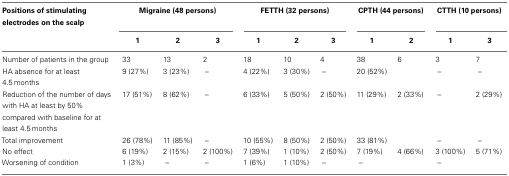
<table><thead><tr><td><b>Positions of stimulating electrodes on the scalp</b></td><td colspan="3"><b>Migraine (48 persons)</b></td><td colspan="3"><b>FETTH (32 persons)</b></td><td colspan="2"><b>CPTH (44 persons)</b></td><td colspan="2"><b>CTTH (10 persons)</b></td></tr><tr><td></td><td><b>1</b></td><td><b>2</b></td><td><b>3</b></td><td><b>1</b></td><td><b>2</b></td><td><b>3</b></td><td><b>1</b></td><td><b>2</b></td><td><b>1</b></td><td><b>3</b></td></tr></thead><tbody><tr><td>Number of patients in the group</td><td>33</td><td>13</td><td>2</td><td>18</td><td>10</td><td>4</td><td>38</td><td>6</td><td>3</td><td>7</td></tr><tr><td>HA absence for at least 4.5 months</td><td>9 (27%)</td><td>3 (23%)</td><td>–</td><td>4 (22%)</td><td>3 (30%)</td><td>–</td><td>20 (52%)</td><td></td><td>–</td><td>–</td></tr><tr><td>Reduction of the number of days with HA at least by 50% compared with baseline for at least 4.5 months</td><td>17 (51%)</td><td>8 (62%)</td><td>–</td><td>6 (33%)</td><td>5 (50%)</td><td>2 (50%)</td><td>11 (29%)</td><td>2 (33%)</td><td>–</td><td>2 (29%)</td></tr><tr><td>Total improvement</td><td>26 (78%)</td><td>11 (85%)</td><td>–</td><td>10 (55%)</td><td>8 (50%)</td><td>2 (50%)</td><td>33 (81%)</td><td></td><td>–</td><td>–</td></tr><tr><td>No effect</td><td>6 (19%)</td><td>2 (15%)</td><td>2 (100%)</td><td>7 (39%)</td><td>1 (10%)</td><td>2 (50%)</td><td>7 (19%)</td><td>4 (66%)</td><td>3 (100%)</td><td>5 (71%)</td></tr><tr><td>Worsening of condition</td><td>1 (3%)</td><td>–</td><td>–</td><td>1 (6%)</td><td>1 (10%)</td><td>–</td><td>–</td><td></td><td>–</td><td></td></tr></tbody></table>